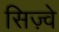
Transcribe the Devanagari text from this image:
सिज़्वे